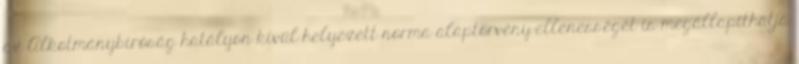
az Alkotmánybíróság hatályon kívül helyezett norma alaptörvény-ellenességét is megállapíthatja